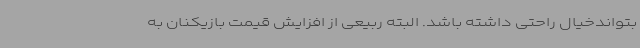
بتواندخیال راحتی داشته باشد. البته ربیعی از افزایش قیمت بازیکنان به